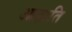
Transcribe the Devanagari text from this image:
आहाति